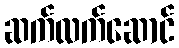
ဆက်လက်ဆောင်